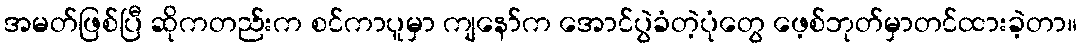
အမတ်ဖြစ်ပြီ ဆိုကတည်းက စင်ကာပူမှာ ကျနော်က အောင်ပွဲခံတဲ့ပုံတွေ ဖေ့စ်ဘုတ်မှာတင်ထားခဲ့တာ။